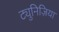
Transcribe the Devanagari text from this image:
ट्युनिज़िया